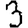
Digit: 3